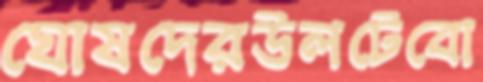
ঘোষদেরউলটেবো